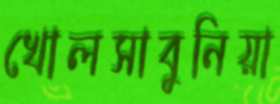
খোলসাবুনিয়া